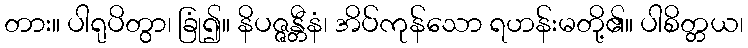
တား။ ပါရုပိတွာ၊ ခြုံ၍။ နိပဇ္ဇန္တီနံ၊ အိပ်ကုန်သော ရဟန်းမတို့၏။ ပါစိတ္တယ၊